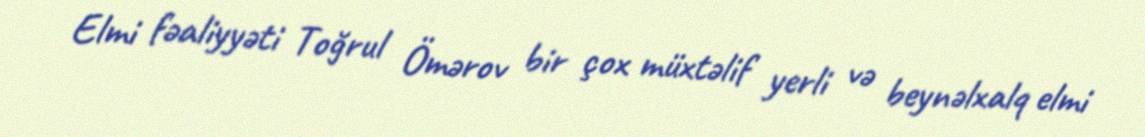
Elmi fəaliyyəti Toğrul Ömərov bir çox müxtəlif yerli və beynəlxalq elmi